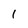
Character: 1